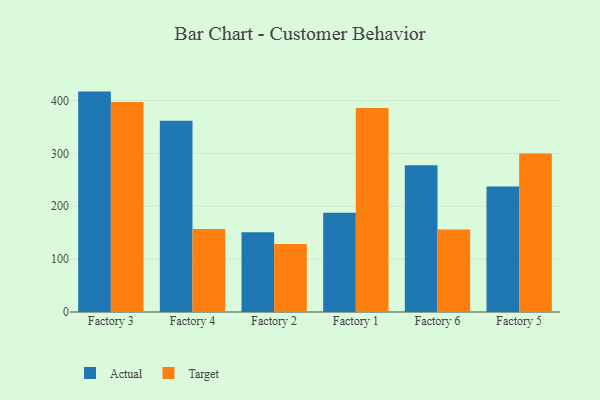
{"axis": {"x": "Factory", "y": "Market Share (%)"}, "legend": ["Actual", "Target"], "data": [{"x": "Factory 3", "y": 416.8, "type": "Actual"}, {"x": "Factory 3", "y": 397.1, "type": "Target"}, {"x": "Factory 4", "y": 361.8, "type": "Actual"}, {"x": "Factory 4", "y": 157.0, "type": "Target"}, {"x": "Factory 2", "y": 151.0, "type": "Actual"}, {"x": "Factory 2", "y": 128.6, "type": "Target"}, {"x": "Factory 1", "y": 187.7, "type": "Actual"}, {"x": "Factory 1", "y": 385.9, "type": "Target"}, {"x": "Factory 6", "y": 277.6, "type": "Actual"}, {"x": "Factory 6", "y": 156.0, "type": "Target"}, {"x": "Factory 5", "y": 237.4, "type": "Actual"}, {"x": "Factory 5", "y": 299.6, "type": "Target"}]}